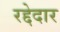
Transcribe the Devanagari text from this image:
रद्देदार